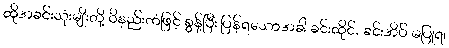
ထိုအခင်းသုံးမျိုးတို့ ဝိနည်းကံဖြင့် စွန့်ပြီး ပြန်ရသောအခါ ခင်းထိုင်, ခင်းအိပ် မပြုရ၊